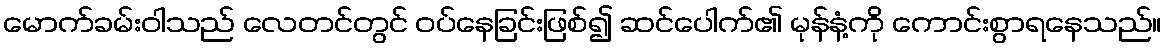
မောက်ခမ်းဝါသည် လေတင်တွင် ဝပ်နေခြင်းဖြစ်၍ ဆင်ပေါက်၏ မုန်နံ့ကို ကောင်းစွာရနေသည်။